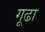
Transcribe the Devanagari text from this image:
गूढा